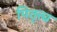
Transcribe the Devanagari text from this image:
पितृत्त्व